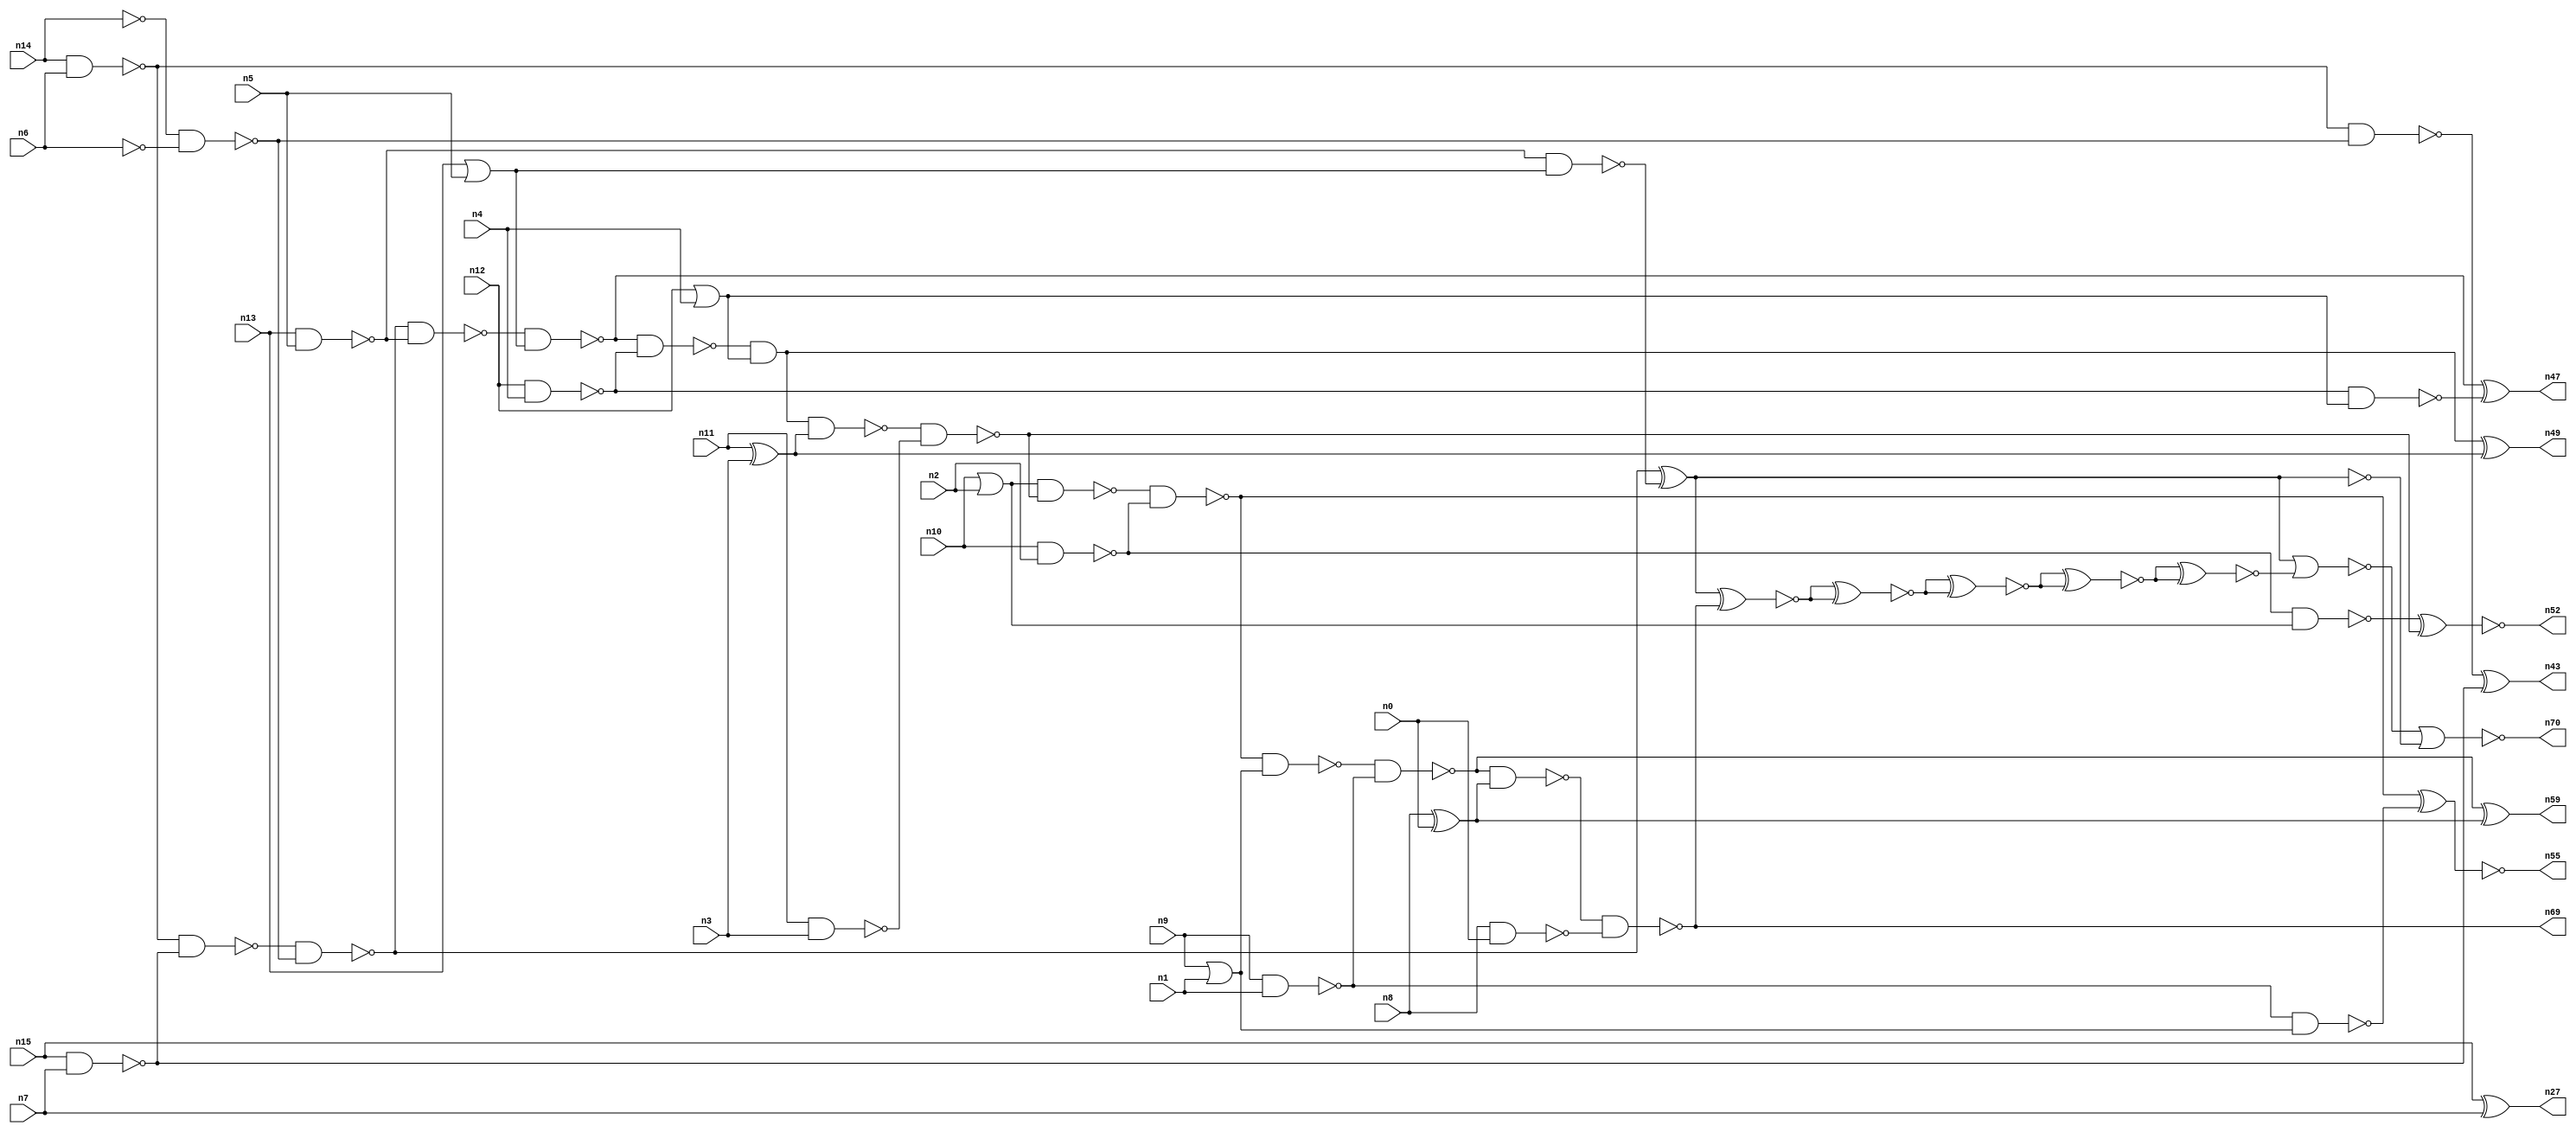
// This file contains a pareto-optimal circuit with respect to area and the fault-resilince parameter p_fault which is defined as:
// "For all input vectors, the ratio of the no. of faults observable at the POs to the no. of total possible faults in the circuit".
// This code is part of the ReCkt library (https://github.com/umar-afzaal/ReCkt) distributed under The MIT License.
// When used, please cite the following article(s):
// U. Afzaal, A.S. Hassan, M. Usman and J.A. Lee, "On the Evolutionary Synthesis of Increased Fault-resilience Arithmetic Circuits".

// p_fault = 84.9 %    (Lower is better)
// gates = 54.0
// levels = 22
// area = 67.28    (For MCNC library relative to nand2)
// power = 334.6 uW    (Berkely-SIS for MCNC library @ Vdd=5V and 20 MHz clock)
// delay = 29.2 ns    (Berkely-ABC for MCNC library)
// PDP = 9.77032e-12 J

// Pin mapping:
// {n0, n1, n2, n3, n4, n5, n6, n7} = A[7:0]
// {n8, n9, n10, n11, n12, n13, n14, n15} = B[7:0]
// {n69, n59, n55, n52, n49, n47, n70, n43, n27} = O[8:0]

module addr8u_area_26 (
n0, n1, n2, n3, n4, n5, n6, n7, n8, n9, n10, n11, n12, n13, n14, n15, 
n69, n59, n55, n52, n49, n47, n70, n43, n27
);

input n0, n1, n2, n3, n4, n5, n6, n7, n8, n9, n10, n11, n12, n13, n14, n15;
output n69, n59, n55, n52, n49, n47, n70, n43, n27;
wire n30, n24, n61, n46, n63, n18, n60, n17, n65, n42, n51, n45, n36, n20, n37, n56, n23, n16, n53, n40, 
n48, n62, n66, n21, n25, n41, n54, n67, n33, n28, n58, n22, n38, n39, n57, n31, n19, n44, n34, n32, 
n26, n50, n29, n64, n35;

nand (n16, n8, n0);
nand (n17, n15, n7);
nand (n18, n9, n1);
nand (n19, n10, n2);
or (n20, n13, n5);
nand (n21, n14, n6);
nor (n22, n9, n1);
or (n23, n10, n2);
xor (n24, n11, n3);
xor (n25, n8, n0);
nand (n26, n12, n4);
xor (n27, n15, n7);
nand (n28, n11, n3);
nand (n29, n13, n5);
not (n30, n14);
not (n31, n6);
or (n32, n12, n4);
nand (n33, n19, n23);
not (n34, n22);
nand (n35, n29, n20);
nand (n36, n21, n17);
nand (n37, n26, n32);
nand (n38, n30, n31);
nand (n39, n21, n38);
nand (n40, n18, n34);
nand (n41, n36, n38);
xor (n42, n41, n35);
xor (n43, n39, n17);
nand (n44, n41, n29);
nand (n45, n44, n20);
nand (n46, n45, n26);
xor (n47, n45, n37);
and (n48, n46, n32);
xor (n49, n48, n24);
nand (n50, n48, n24);
nand (n51, n50, n28);
xnor (n52, n33, n51);
nand (n53, n23, n51);
nand (n54, n53, n19);
xnor (n55, n54, n40);
nand (n56, n54, n34);
nand (n57, n56, n18);
nand (n58, n57, n25);
xor (n59, n57, n25);
nand (n60, n58, n16);
xnor (n61, n42, n60);
xnor (n62, n61, n61);
xnor (n63, n62, n62);
xnor (n64, n63, n63);
nand (n65, n42, n42);
xnor (n66, n64, n64);
nor (n67, n42, n66);
and (n69, n60, n60);
nor (n70, n67, n65);

endmodule